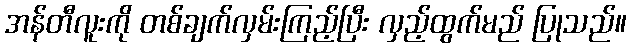
အန်တီလူးကို တစ်ချက်လှမ်းကြည့်ပြီး လှည့်ထွက်မည် ပြုသည်။